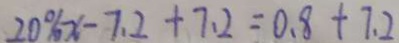
2 0 \% x - 7 . 2 + 7 . 2 = 0 . 8 + 7 . 2